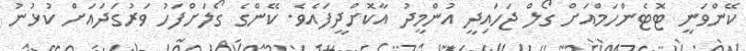
ކޭންވަނީ ޓޮޓެންހަމްއަށް ގޯލް ޖަހައިދީ އުންމީދު އާކޮށްދީފައެވެ. ކޭންގެ ގޯލަށްފަހު ވަރުގަދައަށް ކުޅުނު